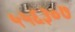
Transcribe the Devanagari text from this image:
५५६३०७